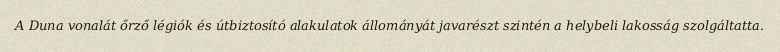
A Duna vonalát őrző légiók és útbiztosító alakulatok állományát javarészt szintén a helybeli lakosság szolgáltatta.